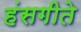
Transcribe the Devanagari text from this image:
हंसगीते